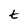
Character: t